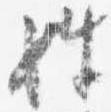
姓